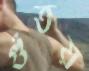
গুঁতয়